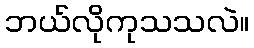
ဘယ်လိုကုသသလဲ။